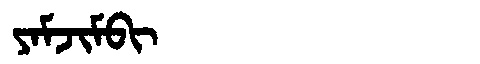
Manchu: ᠶᠠᠮᠵᡳᠮᠪᡳ
Romanization: YAMJIMBI